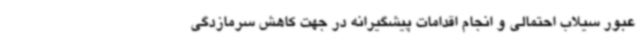
عبور سیلاب احتمالی و انجام اقدامات پیشگیرانه در جهت کاهش سرمازدگی